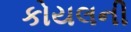
કોયલની